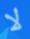
لا